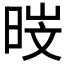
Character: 𮲣